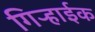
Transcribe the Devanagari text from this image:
गिऱ्हाईक